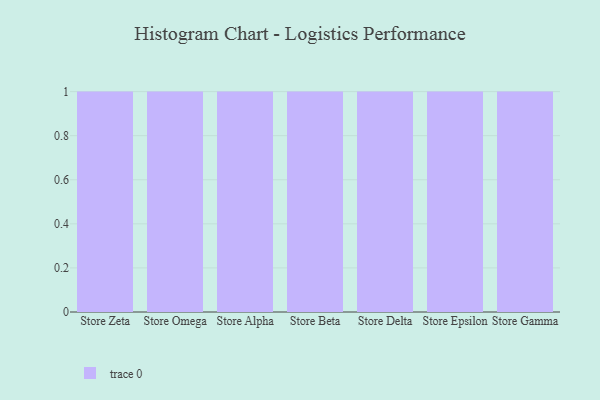
{"axis": {"x": "Store", "y": "Energy Usage (MWh)"}, "legend": [""], "data": [{"x": "Store Zeta", "y": 52, "type": ""}, {"x": "Store Omega", "y": 3, "type": ""}, {"x": "Store Alpha", "y": 39, "type": ""}, {"x": "Store Beta", "y": 55, "type": ""}, {"x": "Store Delta", "y": 29, "type": ""}, {"x": "Store Epsilon", "y": 41, "type": ""}, {"x": "Store Gamma", "y": 14, "type": ""}]}